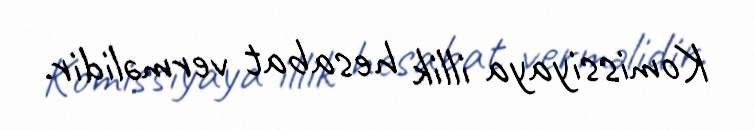
Komissiyaya illik hesabat verməlidir.